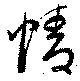
情